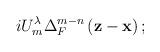
LaTeX: \begin{align*}iU_m^\lambda \Delta _F^{m-n}\left( \mathbf{z-x}\right) ;\end{align*}